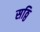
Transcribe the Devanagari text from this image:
सठ्ठि